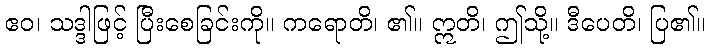
ဧဝ၊ သဒ္ဒါဖြင့် ပြီးစေခြင်းကို။ ကရောတိ၊ ၏။ ဣတိ၊ ဤသို့။ ဒီပေတိ၊ ပြ၏။